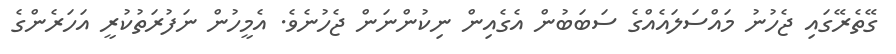
ގޭތެރޭގައި ޖެހުނު މައްސަލައެއްގެ ސަބަބުން އެގެއިން ނިކުންނަން ޖެހުނެވެ. އެމީހުން ނަފުރަތުކުރީ އަހަރެންގެ